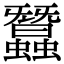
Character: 蠶